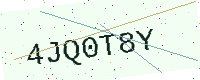
Text: 4JQ0T8Y